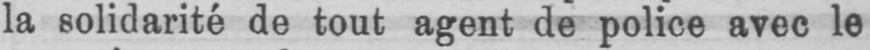
la solidarité de tout agent de police avec le